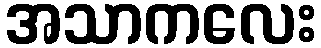
အသာကလေး